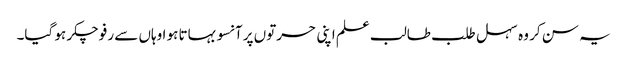
یہ سن کر وہ سہل طلب طالب علم اپنی حسرتوں پر آنسو بہاتا ہو ا وہاں سے رفو چکر ہو گیا۔